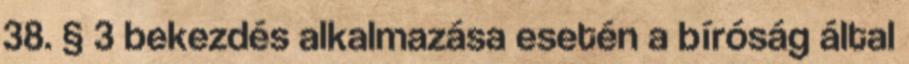
38. § 3 bekezdés alkalmazása esetén a bíróság által